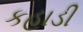
કહાડી